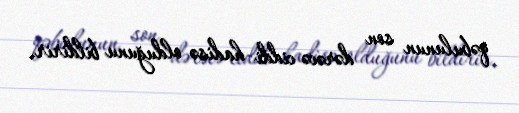
qəbulunun son dərəcə ciddi hadisə olduğunu bildirir.